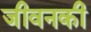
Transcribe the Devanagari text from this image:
जीवनकी